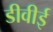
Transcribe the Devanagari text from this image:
डीवीई